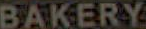
BAKERY